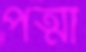
পত্মী